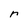
Character: r